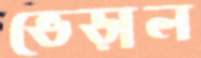
ভেড়াল